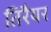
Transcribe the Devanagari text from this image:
तिरैयर